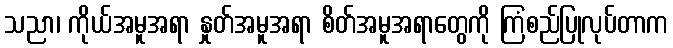
သညာ၊ ကိုယ်အမူအရာ နှုတ်အမူအရာ စိတ်အမူအရာတွေကို ကြံစည်ပြုလုပ်တာက